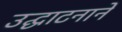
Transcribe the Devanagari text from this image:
उद्घाटनाने